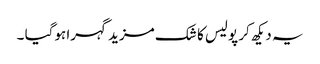
یہ دیکھ کر پولیس کا شک مزید گہرا ہوگیا ۔